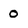
Character: o